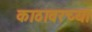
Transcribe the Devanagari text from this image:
काठावरच्या